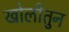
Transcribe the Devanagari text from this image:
खोलीतुन